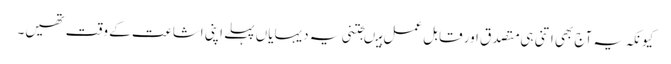
کیونکہ یہ آج بھی اتنی ہی متصدق اور قابل عمل ہیںجتنی یہ دیہایاں پہلے اپنی اشاعت کے وقت تھیں۔